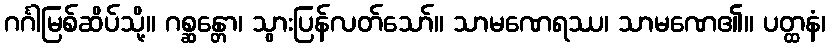
ဂင်္ဂါမြစ်ဆိပ်သို့။ ဂစ္ဆန္တော၊ သွားပြန်လတ်သော်။ သာမဏေရဿ၊ သာမဏေ၏။ ပတ္ထနံ၊